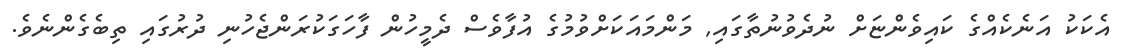
އެކަކު އަނެކެއްގެ ކައިވެންޏަށް ނުދެވުނުތާގައި